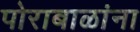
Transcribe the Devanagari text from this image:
पोराबाळांना